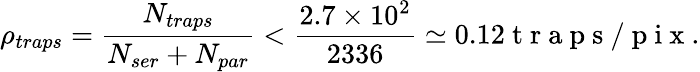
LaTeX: \rho_{traps}=\frac{N_{traps}}{N_{ser}+N_{par}}<\frac{2.7\times 10^{2}}{2336}\simeq 0.12\mathrm{~t~r~a~p~s~/~p~i~x~}.